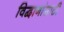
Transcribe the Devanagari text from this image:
विद्वानांसाठी